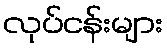
လုပ်ငန်းများ